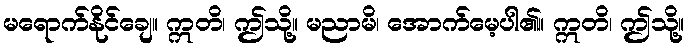
မရောက်နိုင်ချေ။ ဣတိ၊ ဤသို့။ မညာမိ၊ အောက်မေ့ပါ၏။ ဣတိ၊ ဤသို့။